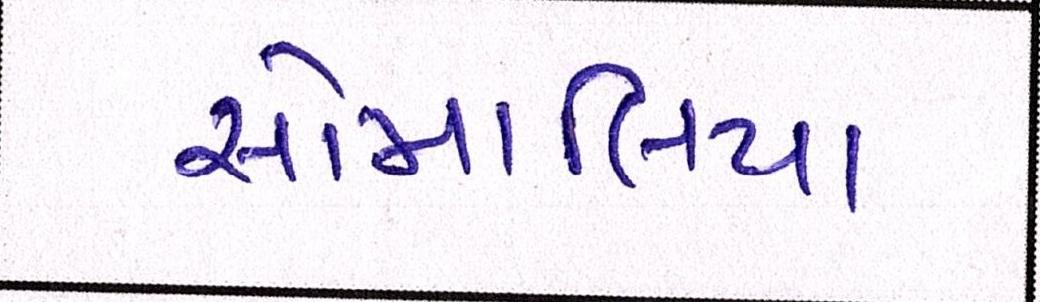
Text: સોમાલિયા